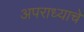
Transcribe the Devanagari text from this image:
अपराध्याचे